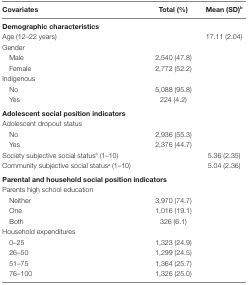
| Covariates | Total (%) | Mean (SD)b |
 | --- | --- | --- |
 | <COLSPAN=3> Demographic characteristics |
 | Age (12–22 years) |  | 17.11 (2.04) |
 | <COLSPAN=3> Gender |
 | Male | 2,540 (47.8) |  |
 | Female | 2,772 (52.2) |  |
 | <COLSPAN=3> Indigenous |
 | No | 5,088 (95.8) |  |
 | Yes | 224 (4.2) |  |
 | <COLSPAN=3> Adolescent social position indicators |
 | <COLSPAN=3> Adolescent dropout status |
 | No | 2,936 (55.3) |  |
 | Yes | 2,376 (44.7) |  |
 | Society subjective social statusa (1–10) |  | 5.36 (2.35) |
 | Community subjective social statusa (1–10) |  | 5.04 (2.36) |
 | <COLSPAN=3> Parental and household social position indicators |
 | <COLSPAN=3> Parents high school education |
 | Neither | 3,970 (74.7) |  |
 | One | 1,016 (19.1) |  |
 | Both | 326 (6.1) |  |
 | <COLSPAN=3> Household expenditures |
 | 0–25 | 1,323 (24.9) |  |
 | 26–50 | 1,299 (24.5) |  |
 | 51–75 | 1,364 (25.7) |  |
 | 76–100 | 1,326 (25.0) |  |